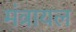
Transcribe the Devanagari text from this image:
मंत्रायल